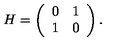
H = \left( \begin{array} { c c } { 0 } & { 1 } \\ { 1 } & { 0 } \\ \end{array} \right) .